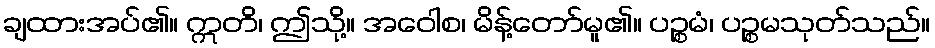
ချထားအပ်၏။ ဣတိ၊ ဤသို့။ အဝေါစ၊ မိန့်တော်မူ၏။ ပဉ္စမံ၊ ပဉ္စမသုတ်သည်။